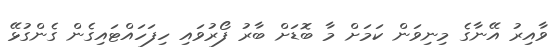
ވާއިރު އޭނާގެ މިނިވަން ކަމަށް މާ ބޮޑަށް ބާރު ފޯރުވައި ހިފަހައްޓައިގެން ގެންގުޅޭ